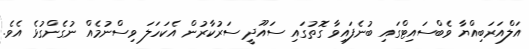
އަލްއަރަބިއްޔާ ވެބްސައިޓްގައި ބުނެފައިވާ ގޮތުގައި ސައޫދީ ސަރުކާރުން އެކަހަލަ ވިސްނުމެއް ނުގެންގުޅެ އެވެ.